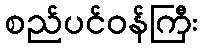
စည်ပင်ဝန်ကြီး